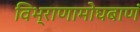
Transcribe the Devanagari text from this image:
विभ्राणामोघबाणं